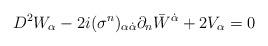
LaTeX: \begin{align*}D^{2}W_{\alpha} - 2i(\sigma^{n})_{\alpha \dot{\alpha}}\partial_{n}{\bar W}^{\dot\alpha} + 2V_{\alpha} = 0\end{align*}